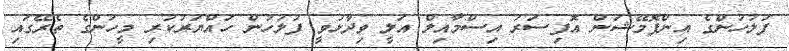
ފުލުހުންގެ އިންފޮމޭޝަން އޮފިސަރު އިސްމާއިލް އަލީ ވިދާޅުވީ ފުލުހުން ހައްޔަރުކުރި މީހުންގެ ތެރޭގައި